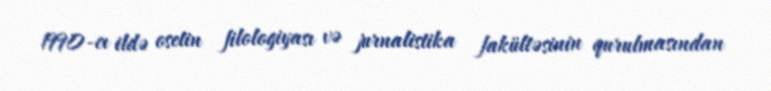
1990-cı ildə osetin filologiyası və jurnalistika fakültəsinin qurulmasından